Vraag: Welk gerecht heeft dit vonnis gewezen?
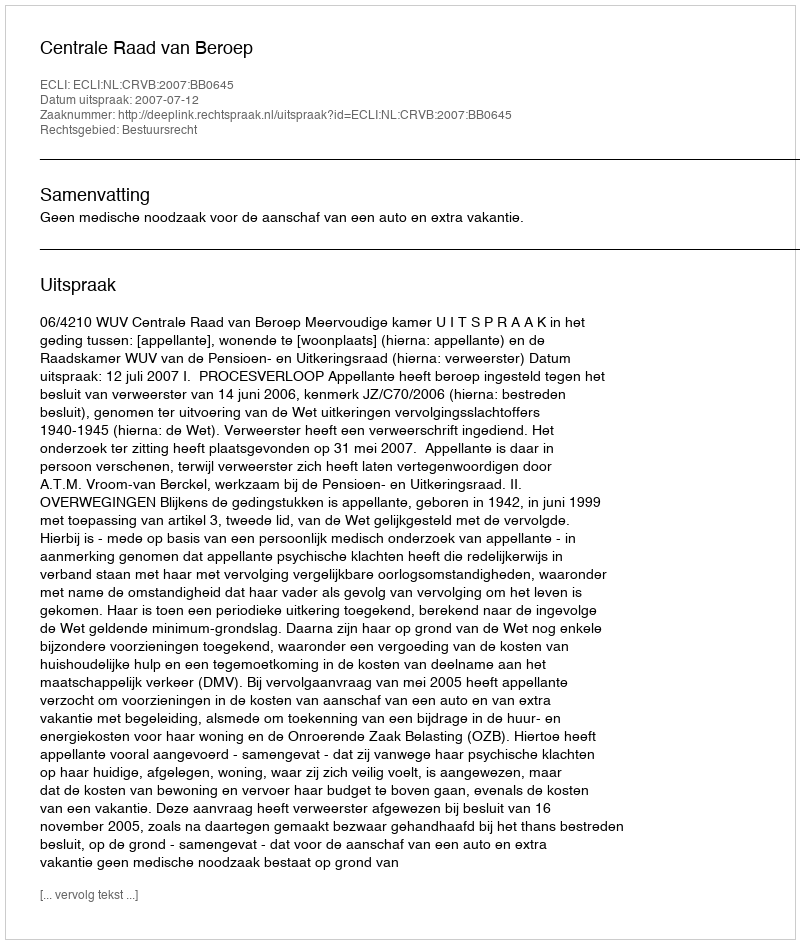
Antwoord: Centrale Raad van Beroep